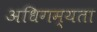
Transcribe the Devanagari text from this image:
अधिगम्यता